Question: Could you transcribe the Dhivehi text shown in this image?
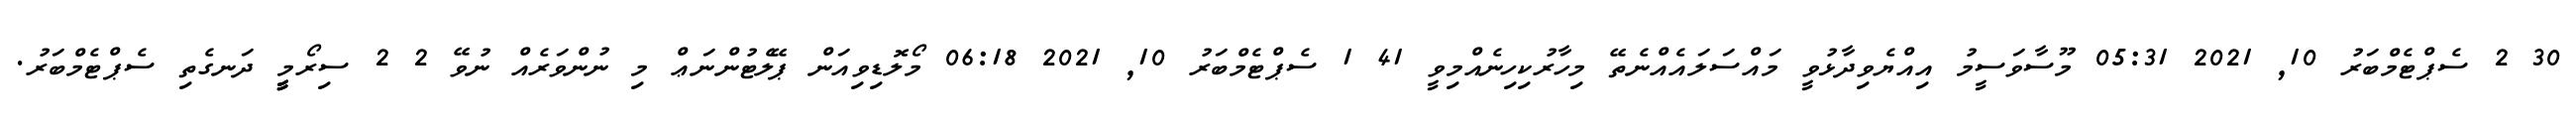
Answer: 30 2 ސެޕްޓެމްބަރު 10, 2021 05:31 މޫސާވަސީމު އިއްޔެވިދާޅުވީ މައްސަލައެއްނެތޭ މިހާރުކިހިނެއްމިވީ 41 1 ސެޕްޓެމްބަރު 10, 2021 06:18 މޯލޮޑިވިއަން ޕޭލެޓުންނަޢް މި ނުންވަރެއް ނުވޭ 2 2 ސިރޯމީީީ ދަނގެތި ސެޕްޓެމްބަރު.